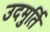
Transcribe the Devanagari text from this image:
उदमुर्ति